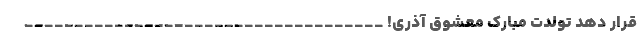
قرار دهد تولدت مبارک معشوق آذری! ____________________________________